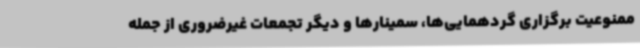
ممنوعیت برگزاری گردهمایی‌ها، سمینارها و دیگر تجمعات غیرضروری از جمله